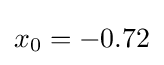
x_{0}=-0.72